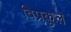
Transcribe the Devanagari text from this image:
विप्रकुल